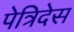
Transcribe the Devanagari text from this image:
पेत्रिदेस